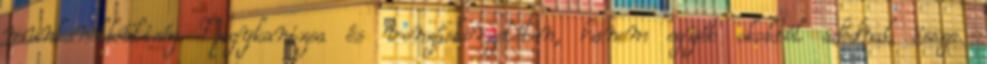
munkanélküliség Nagykanizsa és vonzáskörzetében, hanem egyéb okokból adódnak össze.